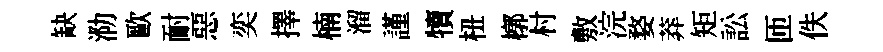
缺泐歐耐惡奕擇楠溜謹犢杻槨村敷浣婺莽矩訟匝佚